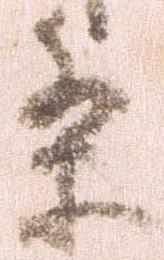
条